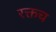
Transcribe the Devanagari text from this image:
रक्तच